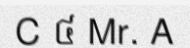
C ៤ Mr. A